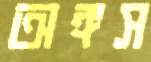
অঙ্গস